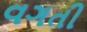
વગતી